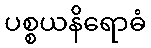
ပစ္စယနိရောဓံ